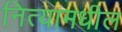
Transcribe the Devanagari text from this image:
नित्यामधील